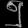
Digit: ၅